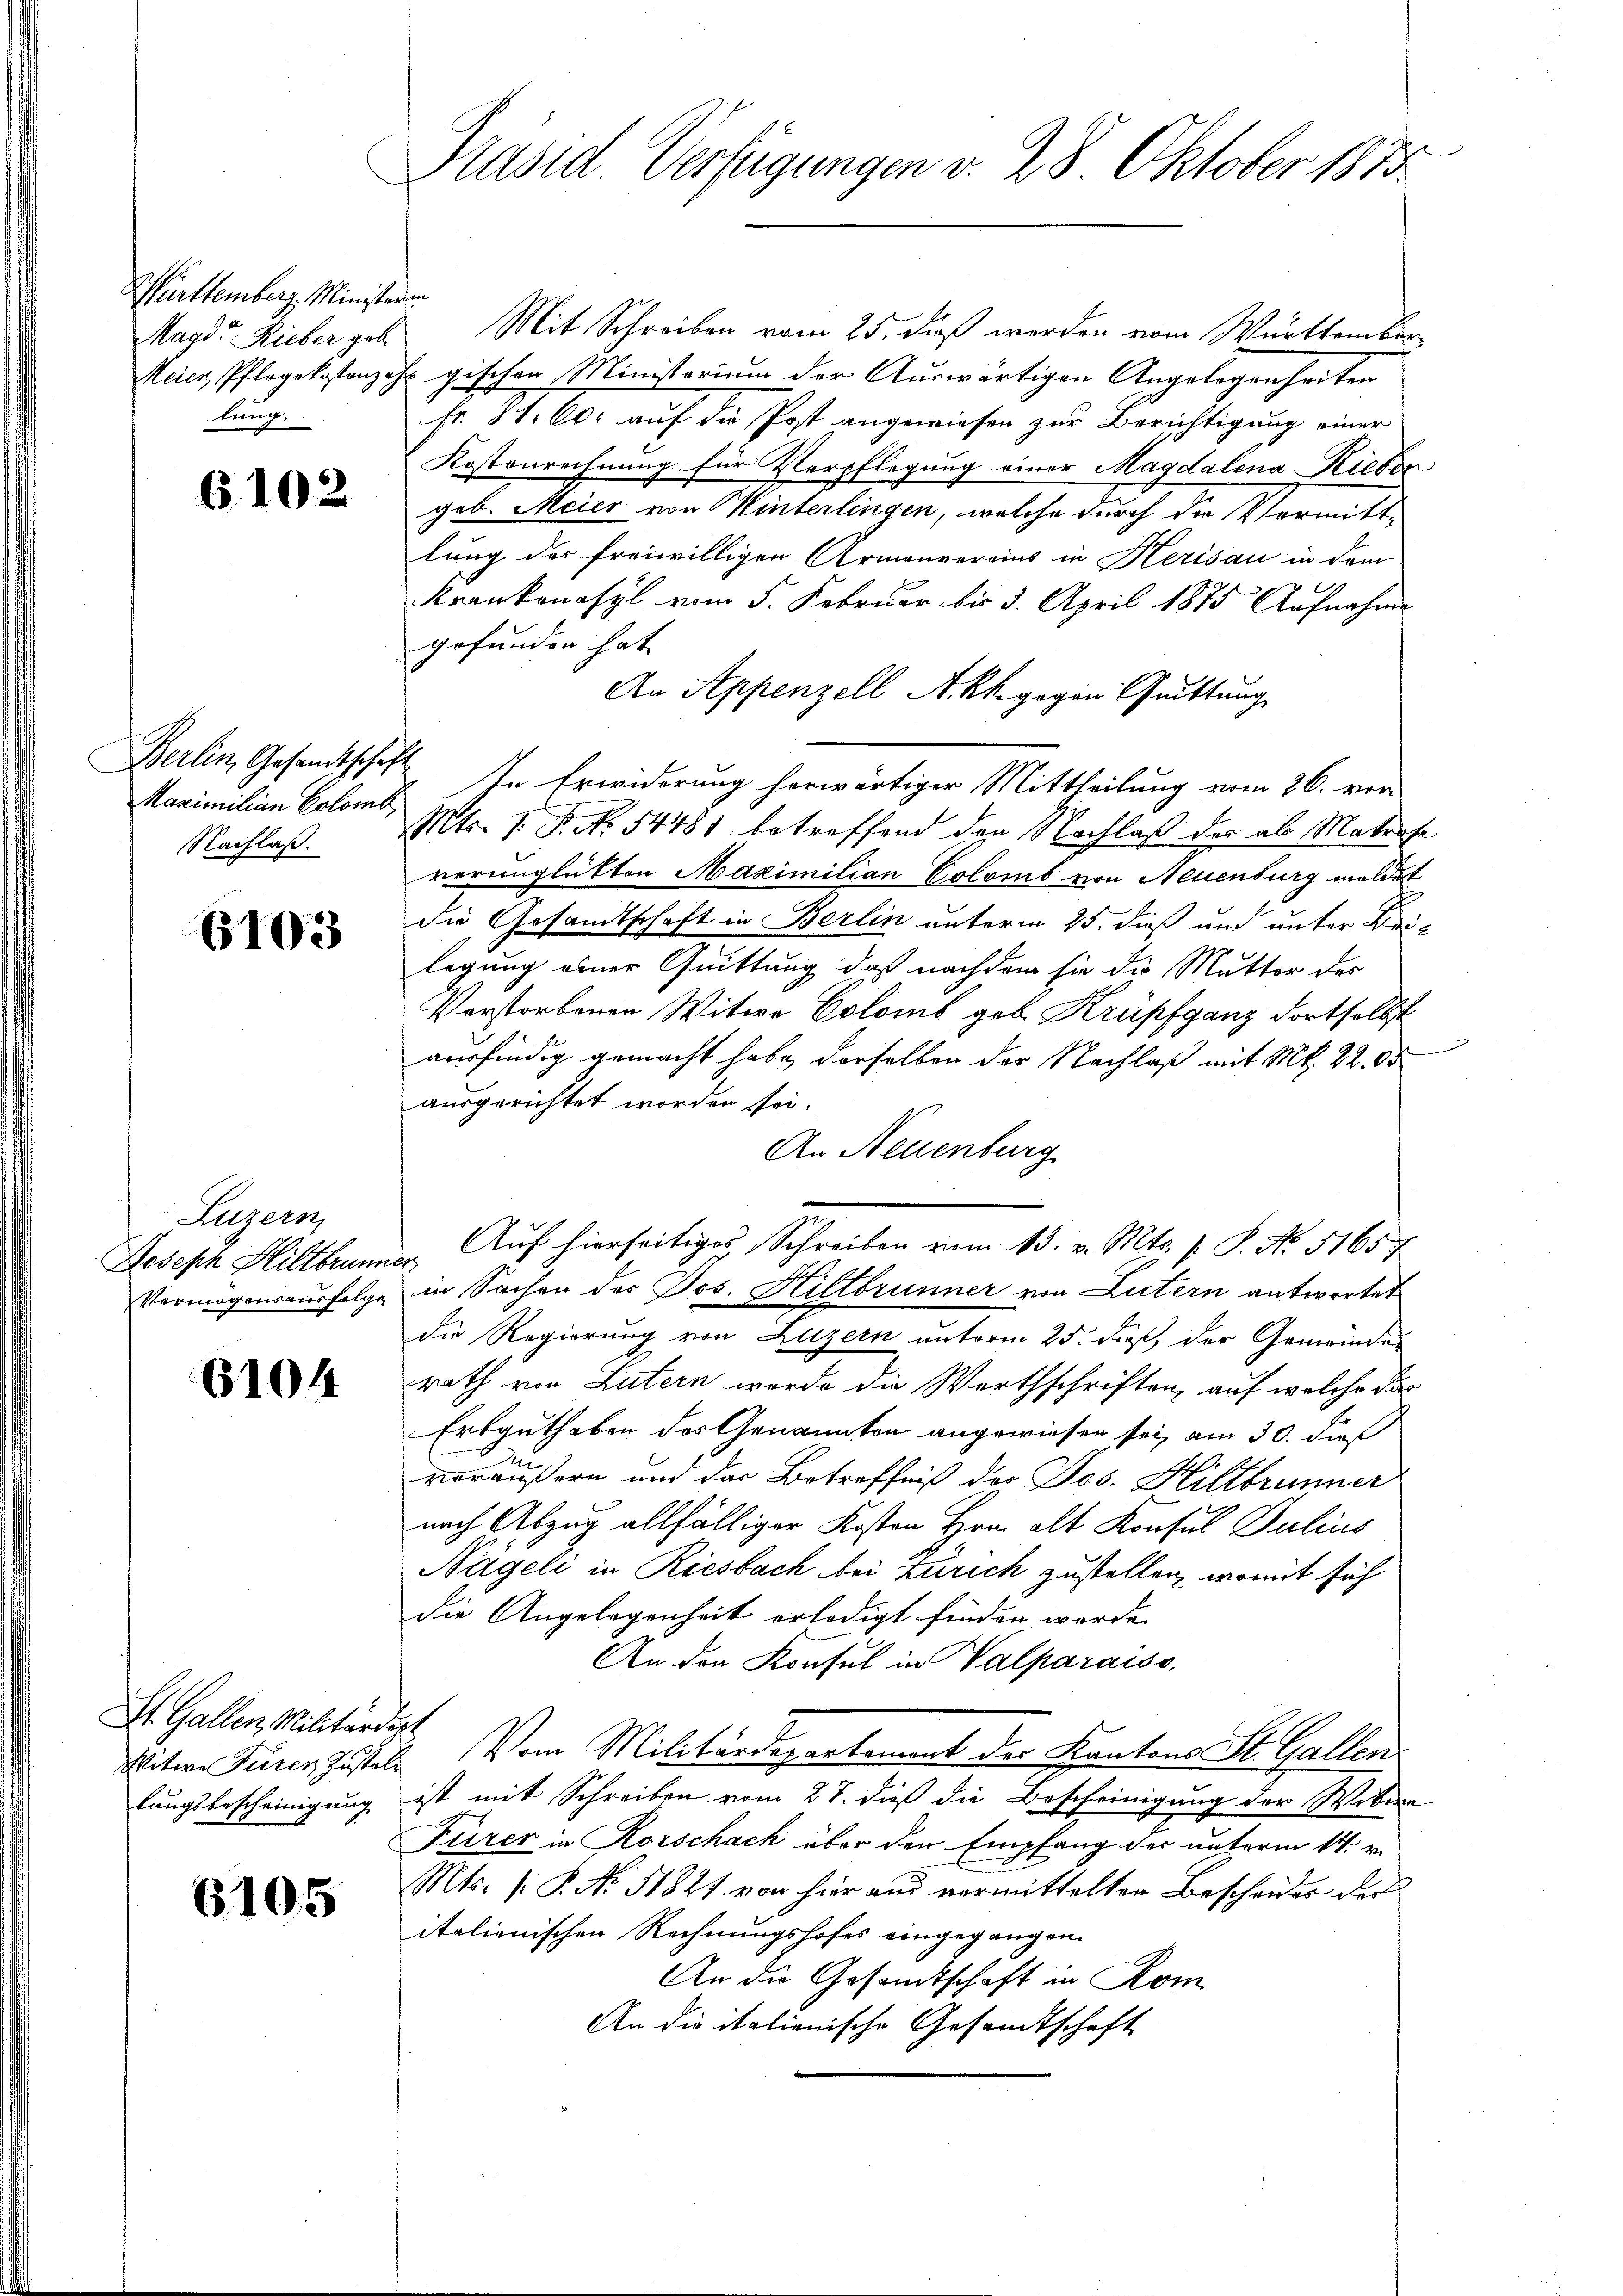
Württemberg. Ministerin
lung.

102

Berlin, Gesandtschäft
Maximilian Colomb,
Nachlaß.

6103

Luzern,

6104

St. Gallen, Militärdirt

6105

Präsid. Verfügungen v. 28 Oktober 1873

Magd. Rieber geb. Mit Schreiben vom 25. dieß werden vom Württember
Meier, Pflogokostenzahr gischen Ministerium der Auswärtigen Angelegenheiten
Fr. St. Co. auf die Post angewiesen zur Berichtigung einer
Kostenrechnung für Verpflegung einer Magdalena Rieben
geb. Meier von Winterlingen, welche durch die Vormitt
lung der freiwilligen Armenvereins in Herisau in dem
Krankenasyl vom 5. Februar bis 3. April 1875 Aufnahme
gefunden hat
An Appenzell A. kk. gegen Quittung
In Erwiderung herwärtiger Mittheilung vom 26. von
Mts. 1. P. Nr. 54481 betreffend den Nachlaß der als Materse
verunglückten Maximitian Coloms von Neuenburg meldet
die Gesandtschaft in Berlin unterm 25. dieß und unter Krei-
legung einer Quittung, daß nachdem sie die Mutter des
Verstorbenen Witwe Colomb geb. Krupfganz dortselbst
vusfindig gemacht habe derselben der Nachlaß mit Mk. 22. 05
ausgerichtet worden sei.
An Neuenburg
Joseph Hillbrunner Auf hierseitiges Schreiben vom 13. v. Mts. s. S. No. 51657
Vermögensausfolge in Sachen der Jos. Hiltbrunner von Lutern antwortet
die Regierung von Luzern unterm 25. dieß, der Gemeinder
rath von Lutern werde die Worthschriften, auf welche das
Erbguthaben des Genannten angewiesen sei, am 30. dieß
veräußern und der Betreffniß der Jos. Hiltbrunner
nach Abzug allfälliger Kosten Hrn. alt Konsul Julius
Nägeli in Riesbach bei Zürich zustellen, womit sich
die Angelegenheit erledigt finden werde.
An den Konsul in Valparaiss
Witwe Tieren Zustat. Vom Militärdepartement der Kantons St. Gallen
lungsbescheinigung ist mit Schreiben vom 27. dieß die Bescheinigung der Webera-
Fürer in Rorschach über den Empfang des unterm 14. v.
Mts. (: P. Nr. 11821. von hier aus vermittelten Bescheider der
italienischen Rechnungshofes eingegangen.
An die Gesamtschaft in Rom
An die italienische Gesandtschaft